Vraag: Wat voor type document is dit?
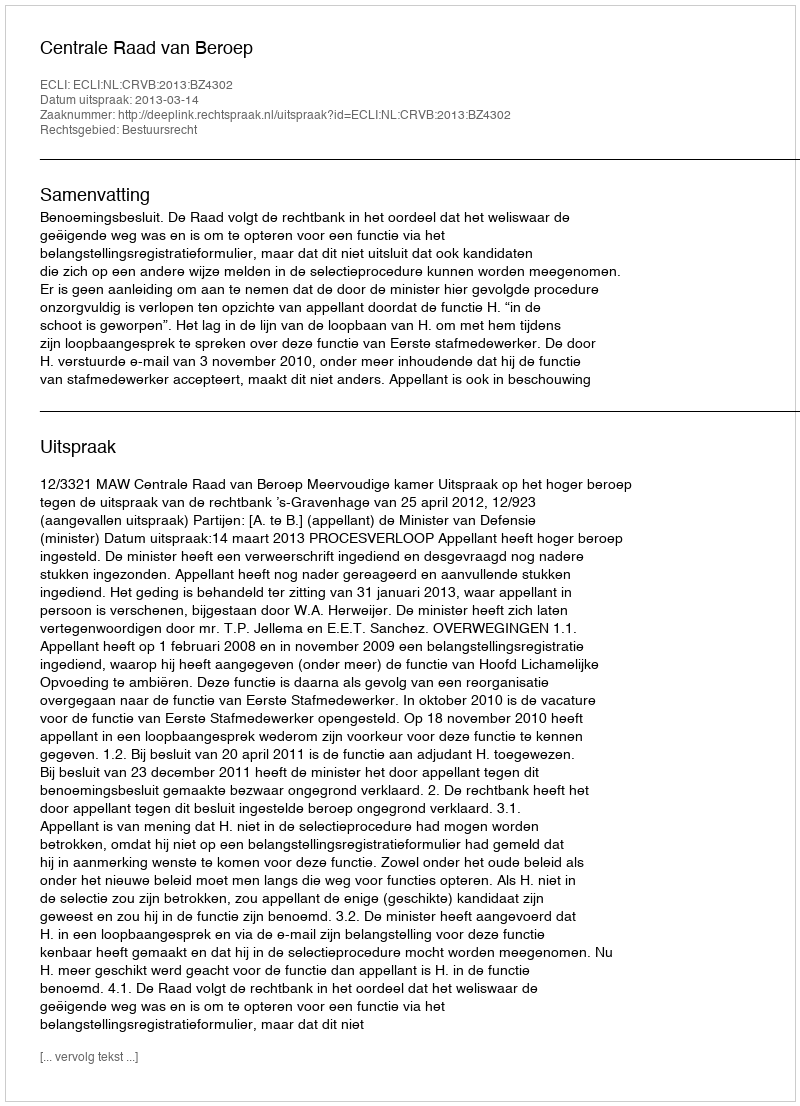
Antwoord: Uitspraak